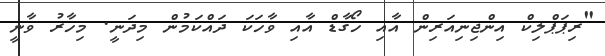
"ރިޕަޕްލިކް އިންޖިނިއަރިން އާއި ހޯގާޑް އާއި ވާހަކަ ދައްކަމުން މިދަނީ. މިހާރު ވާނީ